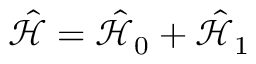
\hat { \mathcal { H } } = \hat { \mathcal { H } } _ { 0 } + \hat { \mathcal { H } } _ { 1 }